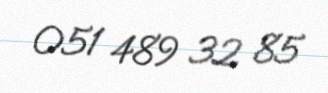
051 489 32 85